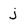
Character: j